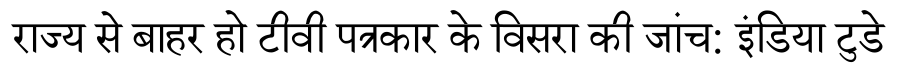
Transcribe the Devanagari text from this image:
राज्य से बाहर हो टीवी पत्रकार के विसरा की जांच: इंडिया टुडे